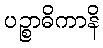
ပဉ္စာဓိကာနိ